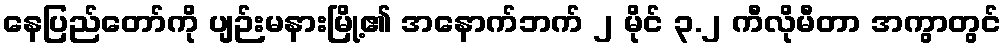
နေပြည်တော်ကို ပျဉ်းမနားမြို့၏ အနောက်ဘက် ၂ မိုင် ၃.၂ ကီလိုမီတာ အကွာတွင်